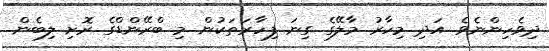
ދިވެހިންނެވެ. އަދި މިހާރު މާލޭގެ ގިނަ ފިހާރަތަކުން މި ބްރޭންޑްގެ ރޮށި ލިބެން